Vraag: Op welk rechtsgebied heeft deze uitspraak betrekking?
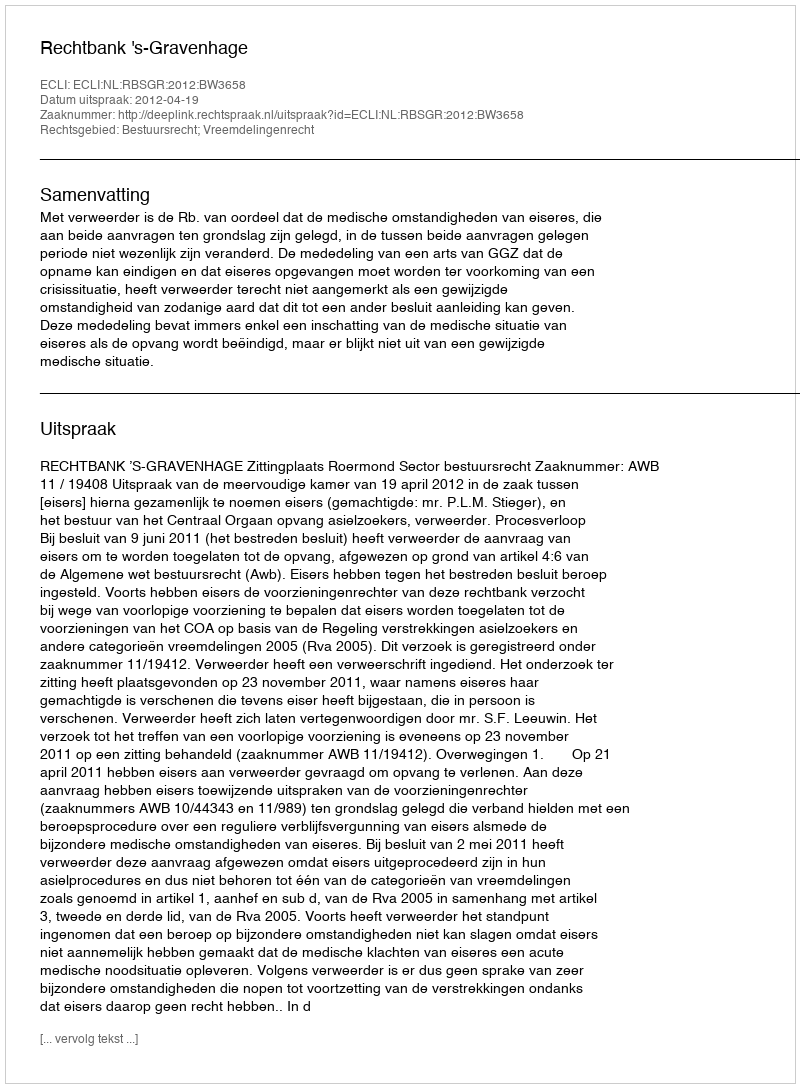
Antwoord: Bestuursrecht; Vreemdelingenrecht